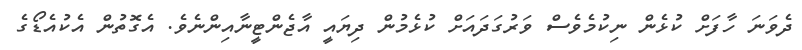
ދެވަނަ ހާފަށް ކުޅެން ނިކުމެވެސް ވަރުގަދައަށް ކުޅެމުން ދިޔައީ އާޖެންޓީނާއިންނެވެ. އެގޮތުން އެކުއެޑޯގެ